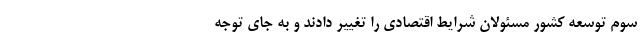
سوم توسعه کشور مسئولان شرایط اقتصادی را تغییر دادند و به جای توجه